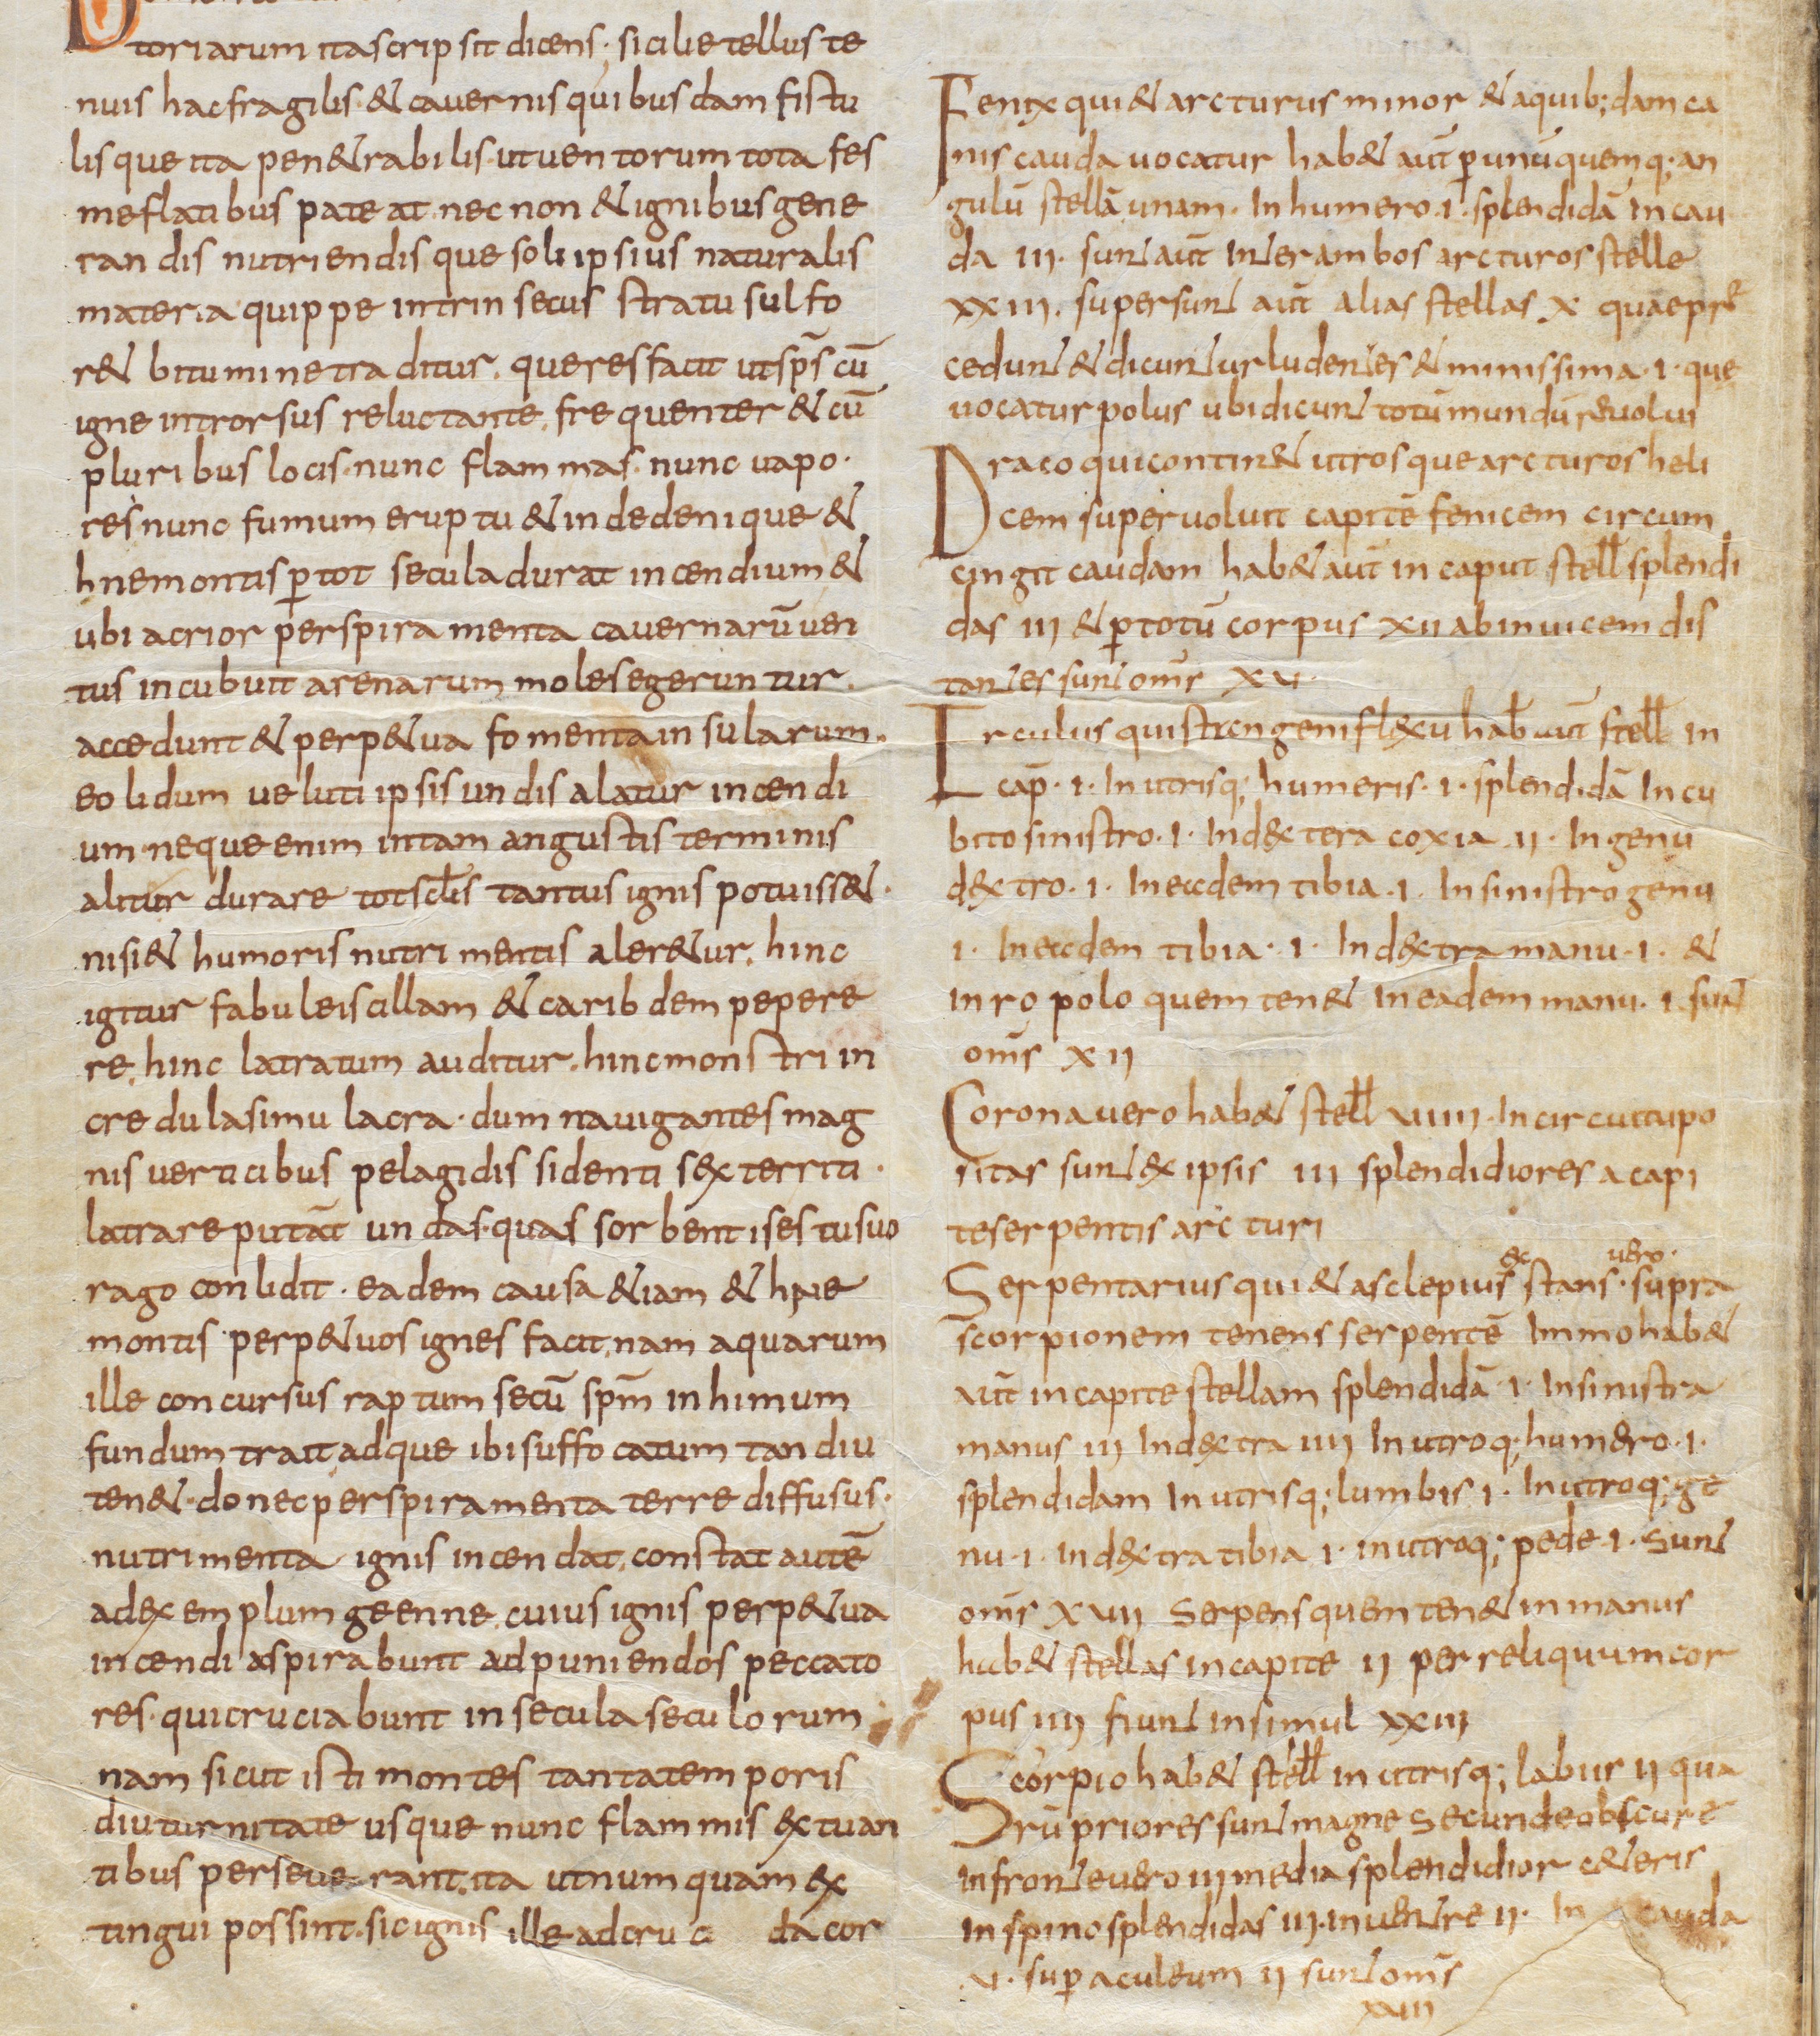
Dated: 800–999